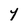
Character: Y